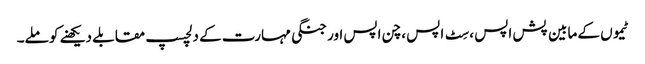
ٹیموں کے مابین پش اپس ، سِٹ اپس ، چن اپس اور جنگی مہارت کے دلچسپ مقابلے دیکھنے کو ملے۔